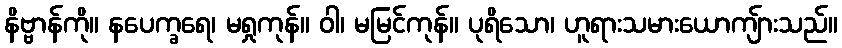
နိဗ္ဗာန်ကို။ နပေက္ခရေ၊ မရှုကုန်။ ဝါ၊ မမြင်ကုန်။ ပုရိသော၊ ဟူရားသမားယောကျ်ားသည်။